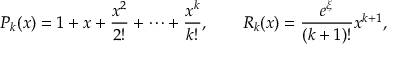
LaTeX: P _ { k } ( x ) = 1 + x + { \frac { x ^ { 2 } } { 2 ! } } + \cdots + { \frac { x ^ { k } } { k ! } } , \qquad R _ { k } ( x ) = { \frac { e ^ { \xi } } { ( k + 1 ) ! } } x ^ { k + 1 } ,